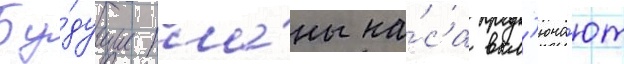
Бу́дущие пла́ны на́са вкл'юча́ют